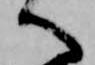
へ